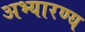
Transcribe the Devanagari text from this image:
अभ्यारण्य